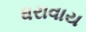
ધરાવાય